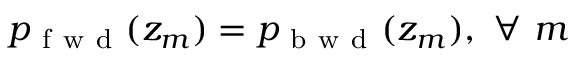
p _ { \mathrm { ~ f ~ w ~ d ~ } } ( z _ { m } ) = p _ { \mathrm { ~ b ~ w ~ d ~ } } ( z _ { m } ) , \ \forall \ m